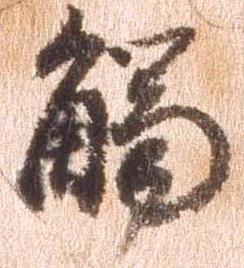
触